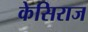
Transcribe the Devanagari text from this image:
केसिराज